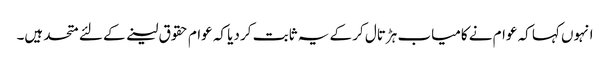
انہوں کہا کہ عوام نے کامیاب ہڑتال کر کے یہ ثابت کر دیا کہ عوام حقوق لینے کے لئے متحد ہیں۔